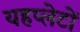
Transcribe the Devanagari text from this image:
यहप्लेटों